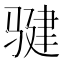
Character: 𩨃